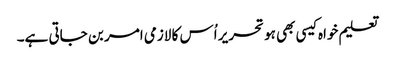
تعلیم خواہ کیسی بھی ہو تحریر اُس کا لازمی امر بن جاتی ہے۔